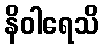
နိဝါရေသိ